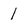
Character: 1